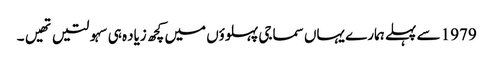
1979 سے پہلے ہمارے یہاں سماجی پہلوؤں میں کچھ زیاده ہی سہولتیں تهیں۔